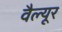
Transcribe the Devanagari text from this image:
वैल्यूर